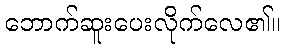
ဘောက်ဆူးပေးလိုက်လေ၏။